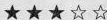
★★★☆☆